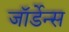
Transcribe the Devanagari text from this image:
जॉर्डेन्स